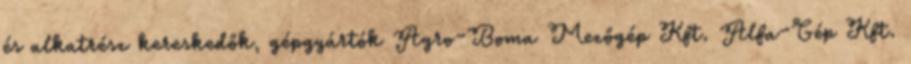
és alkatrész kereskedők, gépgyártók Agro-Boma Mezőgép Kft. Alfa-Gép Kft.